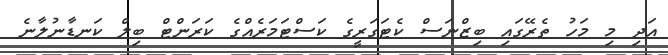
އަދި މި މަހު ތެރޭގައި ބިޒްނަސް ކެޓަގަރީގެ ކަސްޓަމަރެއްގެ ކަރަންޓް ބިލް ކަނޑާނުލާނެ